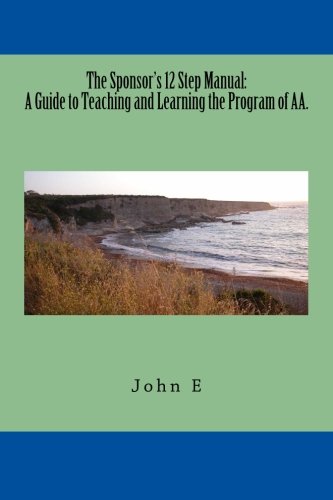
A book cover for The Sponsor's 12 Step Manual: A Guide to Teaching and Learning the Program of AA.; John E; Health, Fitness & Dieting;